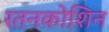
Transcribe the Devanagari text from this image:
रतनकोशिन